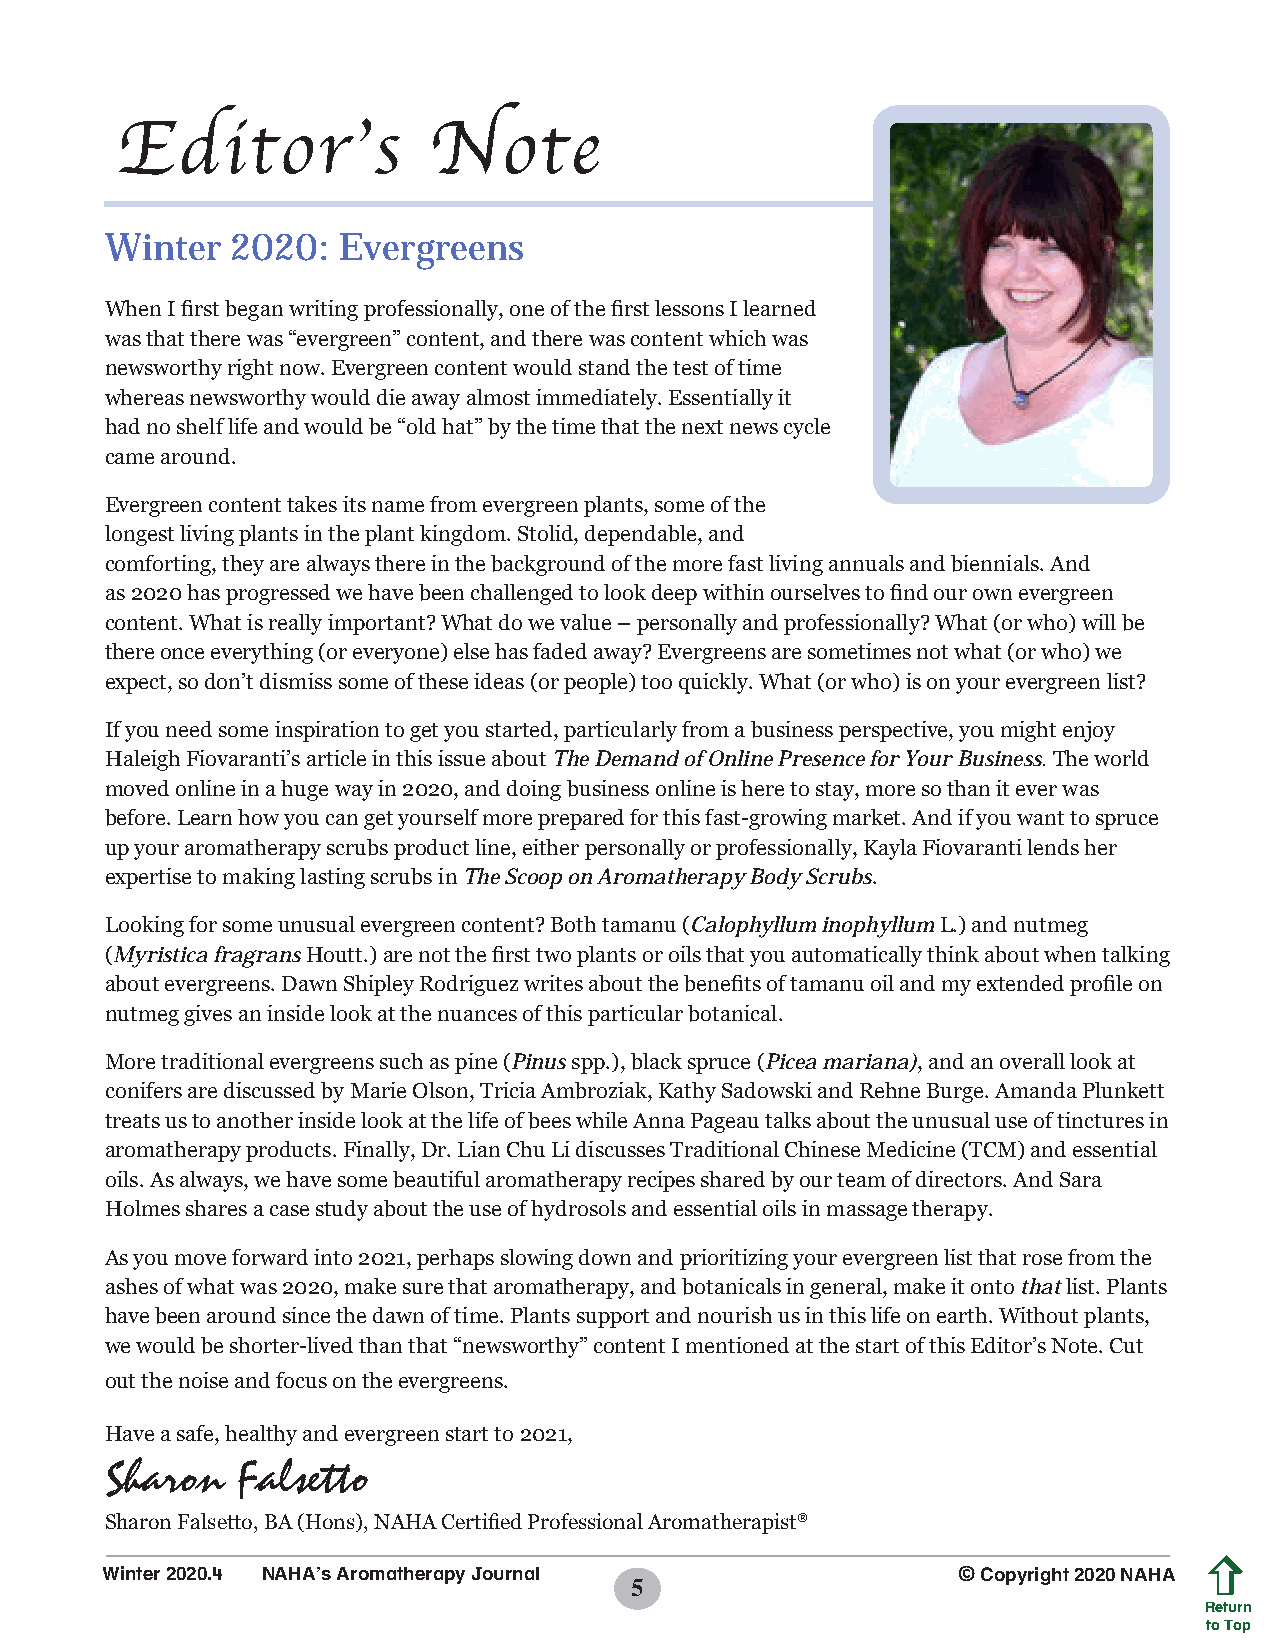
Editor’s            Note
 Winter  2020:  Evergreens
 When I first began writing professionally, one of the first lessons I learned
 was that there was “evergreen” content, and there was content which was
 newsworthy right now. Evergreen content would stand the test of time
 whereas newsworthy would die away almost immediately. Essentially it
 had no shelf life and would be “old hat” by the time that the next news cycle
 came around.
 Evergreen content takes its name from evergreen plants, some of the
 longest living plants in the plant kingdom. Stolid, dependable, and
 comforting, they are always there in the background of the more fast living annuals and biennials. And
 as 2020 has progressed we have been challenged to look deep within ourselves to find our own evergreen
 content. What is really important? What do we value – personally and professionally? What (or who) will be
 there once everything (or everyone) else has faded away? Evergreens are sometimes not what (or who) we
 expect, so don’t dismiss some of these ideas (or people) too quickly. What (or who) is on your evergreen list?
 If you need some inspiration to get you started, particularly from a business perspective, you might enjoy
 Haleigh Fiovaranti’s article in this issue about The Demand of Online Presence for Your Business. The world
 moved online in a huge way in 2020, and doing business online is here to stay, more so than it ever was
 before. Learn how you can get yourself more prepared for this fast-growing market. And if you want to spruce
 up your aromatherapy scrubs product line, either personally or professionally, Kayla Fiovaranti lends her
 expertise to making lasting scrubs in The Scoop on Aromatherapy Body Scrubs.
 Looking for some unusual evergreen content? Both tamanu (Calophyllum inophyllum L.) and nutmeg
 (Myristica fragrans Houtt.) are not the first two plants or oils that you automatically think about when talking
 about evergreens. Dawn Shipley Rodriguez writes about the benefits of tamanu oil and my extended profile on
 nutmeg gives an inside look at the nuances of this particular botanical.
 More traditional evergreens such as pine (Pinus spp.), black spruce (Picea mariana), and an overall look at
 conifers are discussed by Marie Olson, Tricia Ambroziak, Kathy Sadowski and Rehne Burge. Amanda Plunkett
 treats us to another inside look at the life of bees while Anna Pageau talks about the unusual use of tinctures in
 aromatherapy products. Finally, Dr. Lian Chu Li discusses Traditional Chinese Medicine (TCM) and essential
 oils. As always, we have some beautiful aromatherapy recipes shared by our team of directors. And Sara
 Holmes shares a case study about the use of hydrosols and essential oils in massage therapy.
 As you move forward into 2021, perhaps slowing down and prioritizing your evergreen list that rose from the
 ashes of what was 2020, make sure that aromatherapy, and botanicals in general, make it onto that list. Plants
 have been around since the dawn of time. Plants support and nourish us in this life on earth. Without plants,
 we would be shorter-lived than that “newsworthy” content I mentioned at the start of this Editor’s Note. Cut
 out the noise and focus on the evergreens.
 Have a safe, healthy and evergreen start to 2021,
 Sharon   Falsetto
 Sharon Falsetto, BA (Hons), NAHA Certified Professional Aromatherapist®
 Winter 2020.4 NAHA’s Aromatherapy Journal               © Copyright 2020 NAHA
 5
 Return
 to Top
 